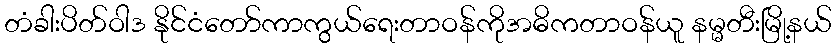
တံခါးပိတ်ဝါဒ နိုင်ငံတော်ကာကွယ်ရေးတာဝန်ကိုအဓိကတာဝန်ယူ နမ္မတီးမြို့နယ်